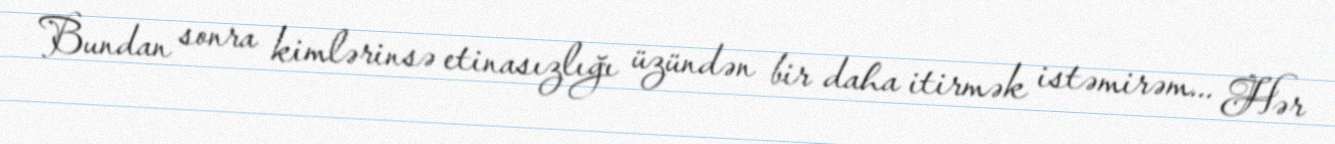
Bundan sonra kimlərinsə etinasızlığı üzündən bir daha itirmək istəmirəm... Hər